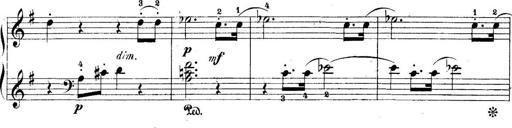
Title: 5 Sonatinas
Composer: Theodor Kirchner